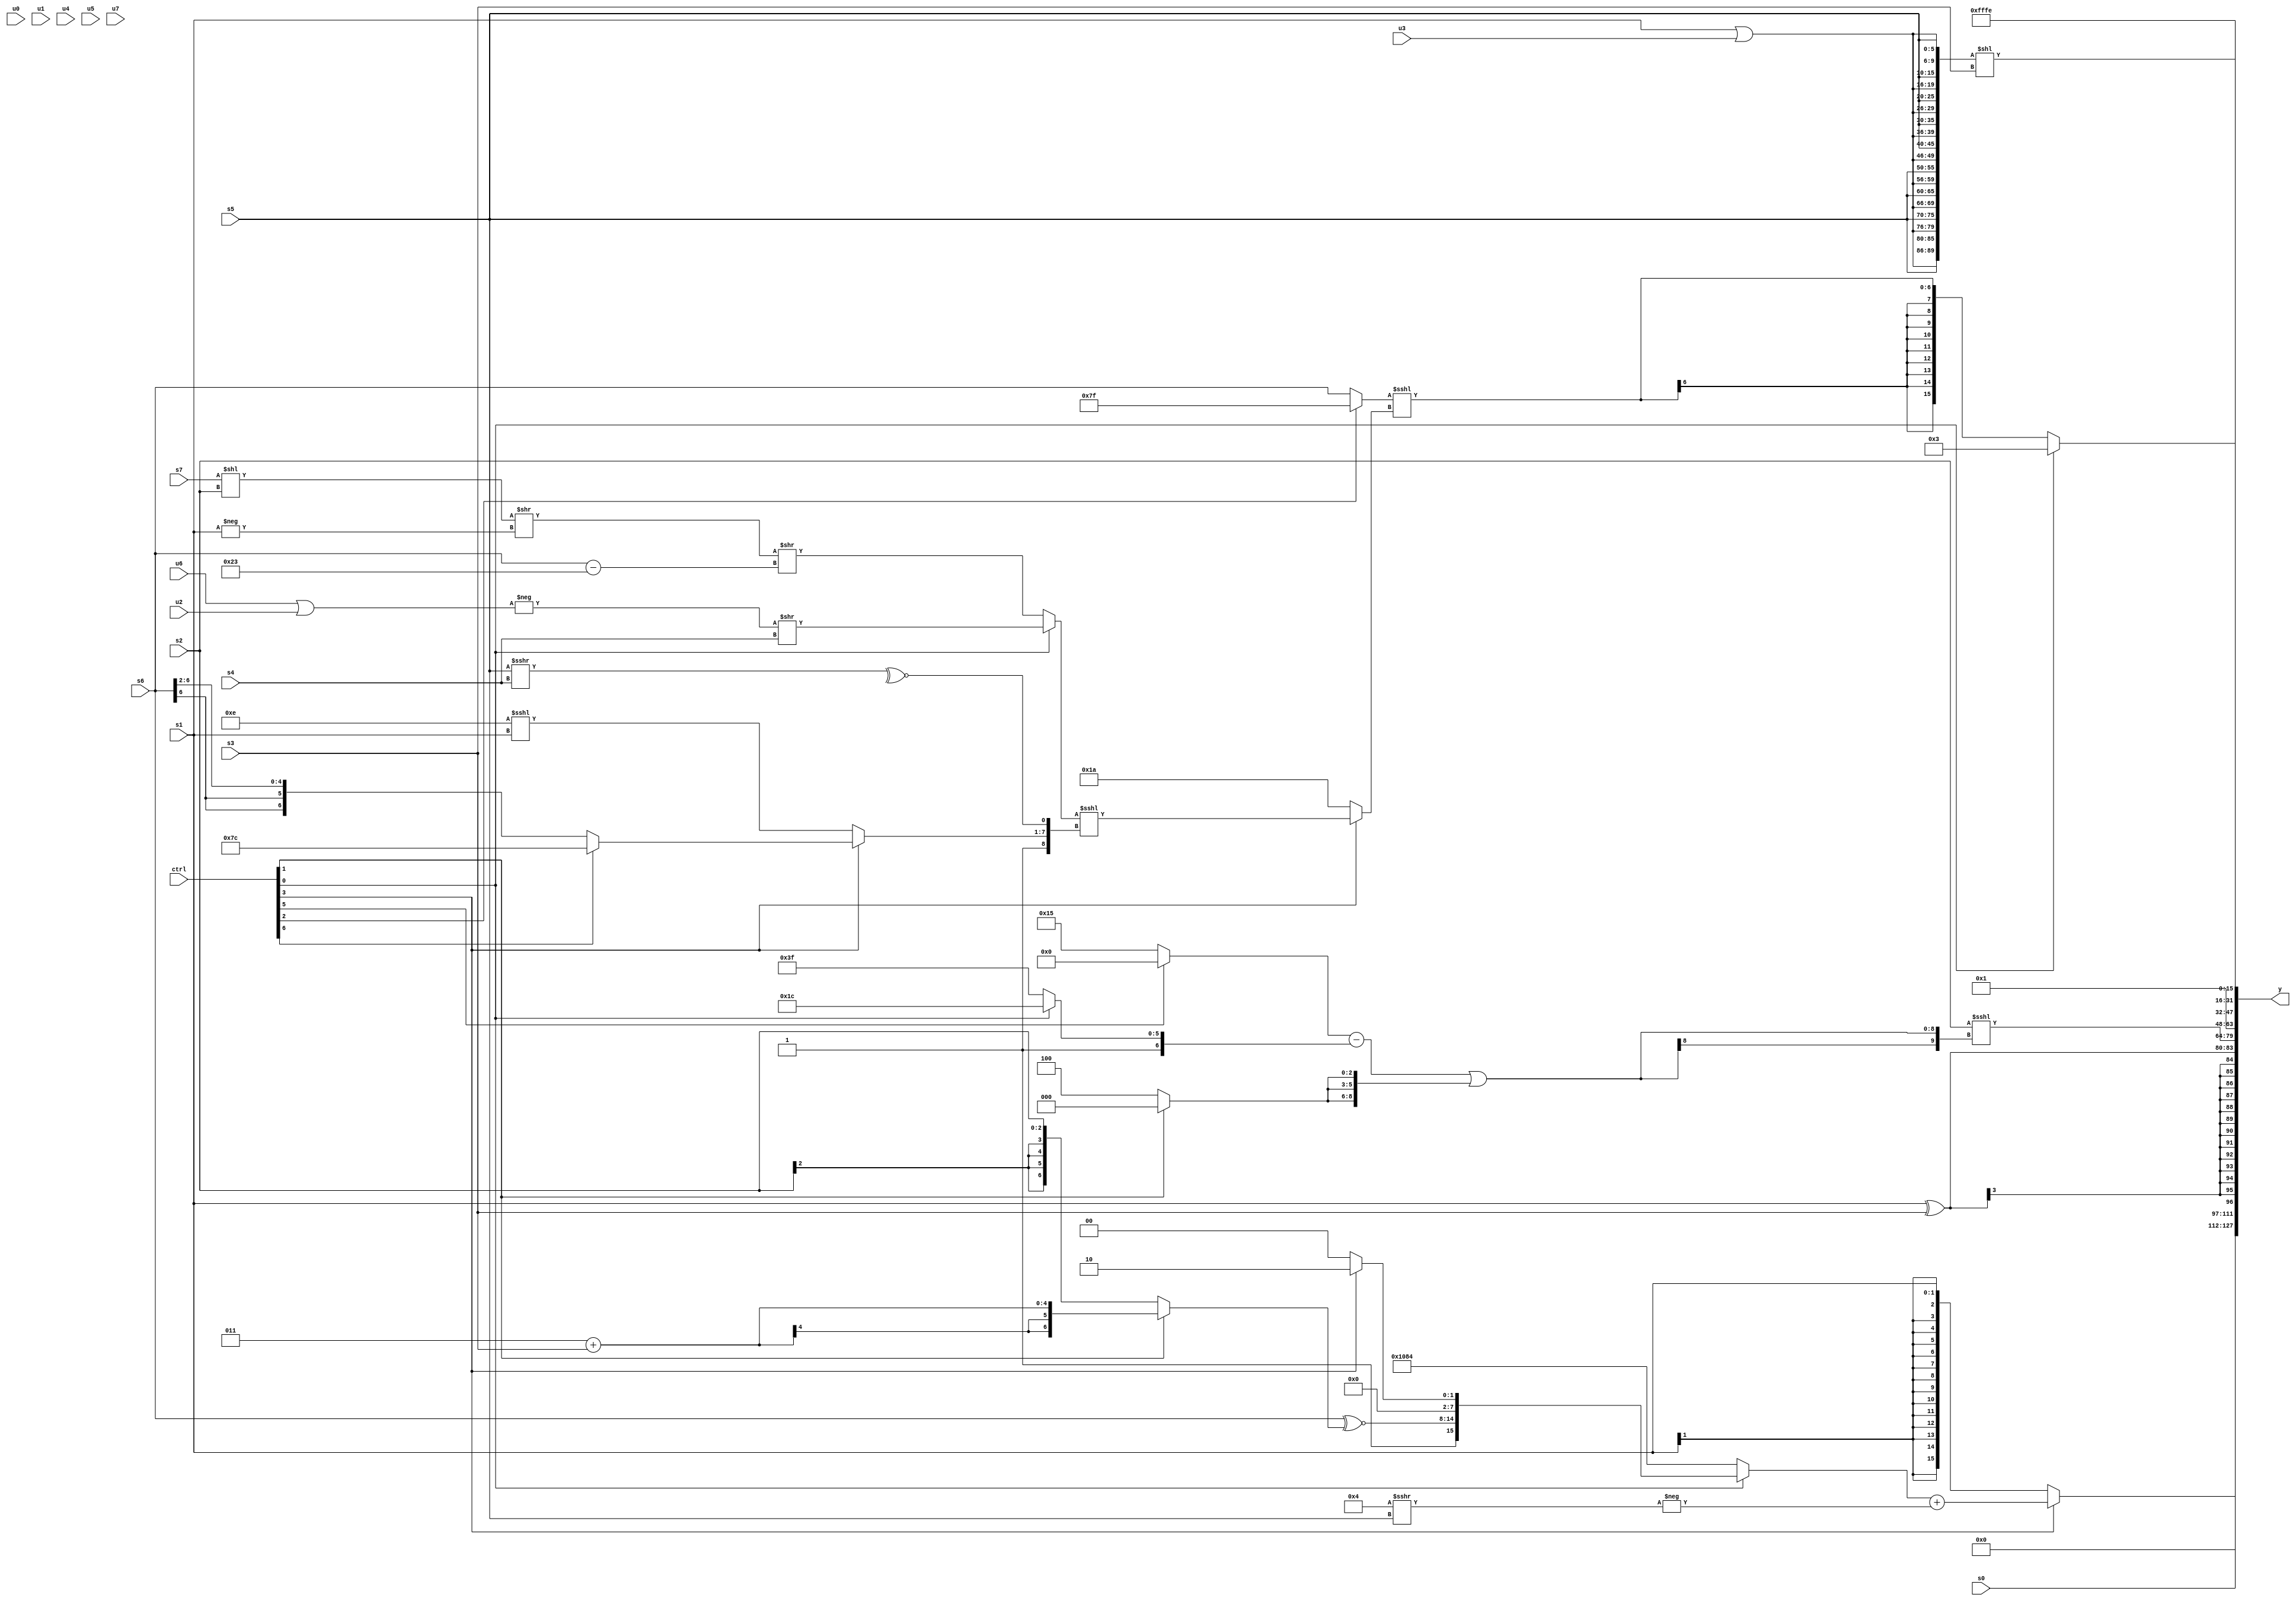
module wideexpr_00196(ctrl, u0, u1, u2, u3, u4, u5, u6, u7, s0, s1, s2, s3, s4, s5, s6, s7, y);
  input [7:0] ctrl;
  input [0:0] u0;
  input [1:0] u1;
  input [2:0] u2;
  input [3:0] u3;
  input [4:0] u4;
  input [5:0] u5;
  input [6:0] u6;
  input [7:0] u7;
  input signed [0:0] s0;
  input signed [1:0] s1;
  input signed [2:0] s2;
  input signed [3:0] s3;
  input signed [4:0] s4;
  input signed [5:0] s5;
  input signed [6:0] s6;
  input signed [7:0] s7;
  output [127:0] y;
  wire [15:0] y0;
  wire [15:0] y1;
  wire [15:0] y2;
  wire [15:0] y3;
  wire [15:0] y4;
  wire [15:0] y5;
  wire [15:0] y6;
  wire [15:0] y7;
  assign y = {y0,y1,y2,y3,y4,y5,y6,y7};
  assign y0 = (ctrl[3]?$signed(((ctrl[0]?{3'sb111,+((s6)^~((ctrl[1]?(3'sb011)+(s3):$signed(s2)))),(ctrl[3]?$signed(((ctrl[7]?3'sb001:5'sb10001))<<(1'sb1)):(((4'sb0011)^~(s1))^~((6'sb010101)-(s7)))>>(6'sb001001))}:{3{5'sb00100}}))+($unsigned(-((4'sb0100)>>>(s5))))):s1);
  assign y1 = $unsigned(s0);
  assign y2 = (s1)^(+(s3));
  assign y3 = ($signed(s2))<<<($signed(($signed(((ctrl[5]?(ctrl[0]?1'b0:1'sb0):$signed(5'sb10101)))-({4'sb0001,(ctrl[0]?6'sb011100:2'sb11)})))|($signed($signed({3{(ctrl[1]?2'b00:3'sb100)}})))));
  assign y4 = 4'sb0001;
  assign y5 = ({3{{3{{(s1)|(u3),s5}}}}})<<(+(s3));
  assign y6 = (ctrl[0]?4'sb0011:$signed(((ctrl[2]?3'sb111:s6))<<<((ctrl[3]?((ctrl[0]?(-((u6)|(u2)))>>(s4):(((s7)<<(s2))>>(-(s1)))>>($signed((s6)-(6'sb100011)))))<<<({1'sb1,(ctrl[3]?(ctrl[6]?3'sb100:(s6)>>>(6'sb000010)):((5'sb10011)^~(3'sb010))<<<(s1)),~^($unsigned((s5)>>>(s4)))}):6'sb011010))));
  assign y7 = 3'sb110;
endmodule